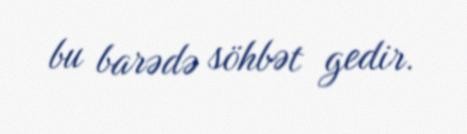
bu barədə söhbət gedir.